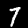
Label: 7